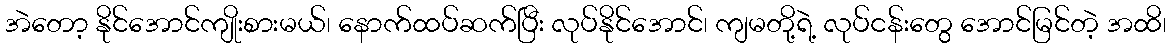
အဲတော့ နိုင်အောင်ကျိုးစားမယ်၊ နောက်ထပ်ဆက်ပြီး လုပ်နိုင်အောင်၊ ကျမတို့ရဲ့ လုပ်ငန်းတွေ အောင်မြင်တဲ့ အထိ၊